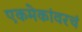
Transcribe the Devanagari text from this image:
एकमेकांवरचं